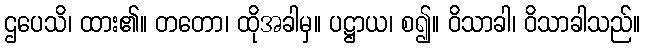
ဌပေသိ၊ ထား၏။ တတော၊ ထိုအခါမှ။ ပဋ္ဌာယ၊ စ၍။ ဝိသာခါ၊ ဝိသာခါသည်။